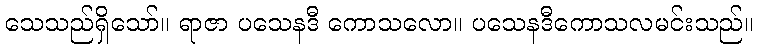
သေသည်ရှိသော်။ ရာဇာ ပသေနဒီ ကောသလော။ ပသေနဒီကောသလမင်းသည်။